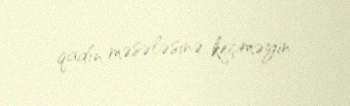
qadın məsələsinə keçməyin.